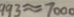
9 9 3 \approx 7 0 0 0